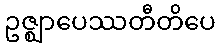
ဥဇ္ဈာပေဿတီတိပေ